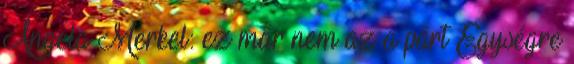
Angela Merkel: ez már nem az a párt Egységre